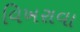
વિખરાવા